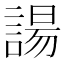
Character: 諹